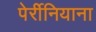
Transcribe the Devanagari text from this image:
पेर्रीनियाना